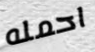
احمله